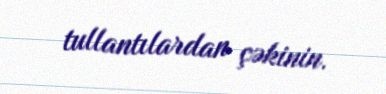
tullantılardan çəkinin.